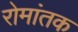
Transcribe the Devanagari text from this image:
रोमांतक